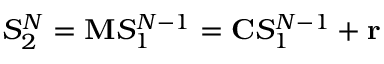
S _ { 2 } ^ { N } = \mathbf { M } S _ { 1 } ^ { N - 1 } = \mathbf { C } S _ { 1 } ^ { N - 1 } + \mathbf { r }